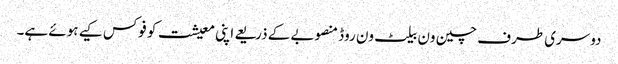
دوسری طرف چین ون بیلٹ ون روڈ منصوبے کے ذریعے اپنی معیشت کو فوکس کیے ہوئے ہے۔